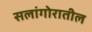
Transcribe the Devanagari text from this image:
सलांगोरातील